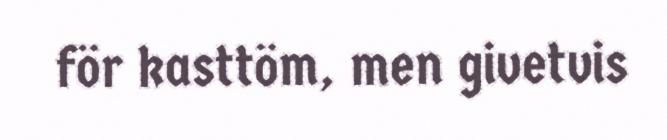
för kasttöm, men givetvis